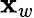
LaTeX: \mathbf{x}_{w}